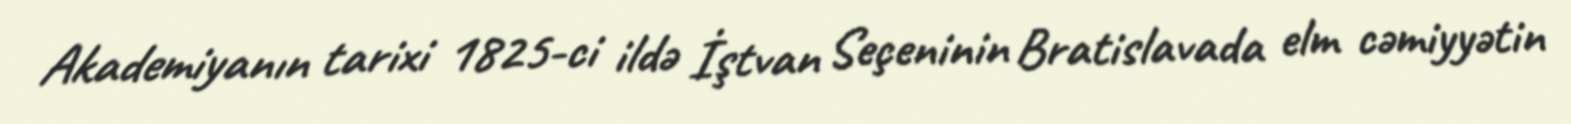
Akademiyanın tarixi 1825-ci ildə İştvan Seçeninin Bratislavada elm cəmiyyətin